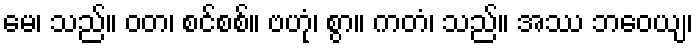
မေ၊ သည်။ ဝတ၊ စင်စစ်။ ဗဟုံ၊ စွာ။ ကတံ၊ သည်။ အဿ ဘဝေယျ၊